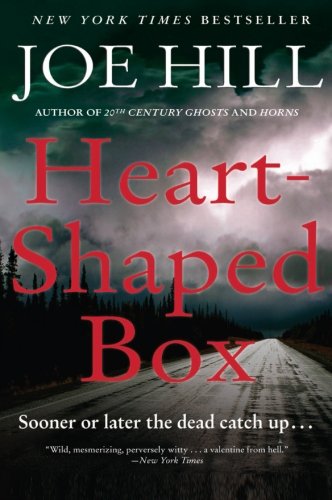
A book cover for Heart-Shaped Box: A Novel; Joe Hill; Mystery, Thriller & Suspense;